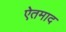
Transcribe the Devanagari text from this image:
ऐतमाद